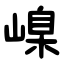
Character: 嵲